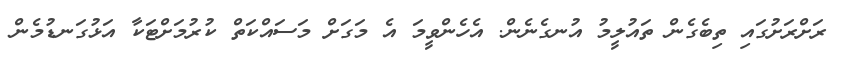
ރަށްރަށުގައި ތިބެގެން ތައުލީމު އުނގެނެން. އެހެންވީމަ އެ މަގަށް މަސައްކަތް ކުރުމަށްޓަކާ އަޅުގަނޑުމެން